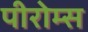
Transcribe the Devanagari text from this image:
पीरोम्स